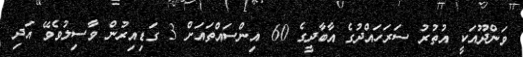
ވަންދޫއަކީ އުތުރު ސަރަހައްދުގެ އާބާދީގެ 60 އިންސައްތައަށް 3 ގަޑިއިރުން ވާސިލުވެވޭ އަދި